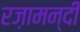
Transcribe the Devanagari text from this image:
रज़ामन्दी